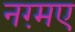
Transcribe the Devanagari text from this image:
नग़्मए